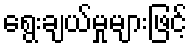
ရွေးချယ်မှုများဖြင့်